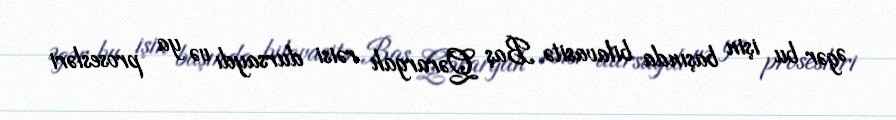
Əgər bu işin başında bilavasitə Baş Qərargah rəisi dursaydı və ya prosesləri